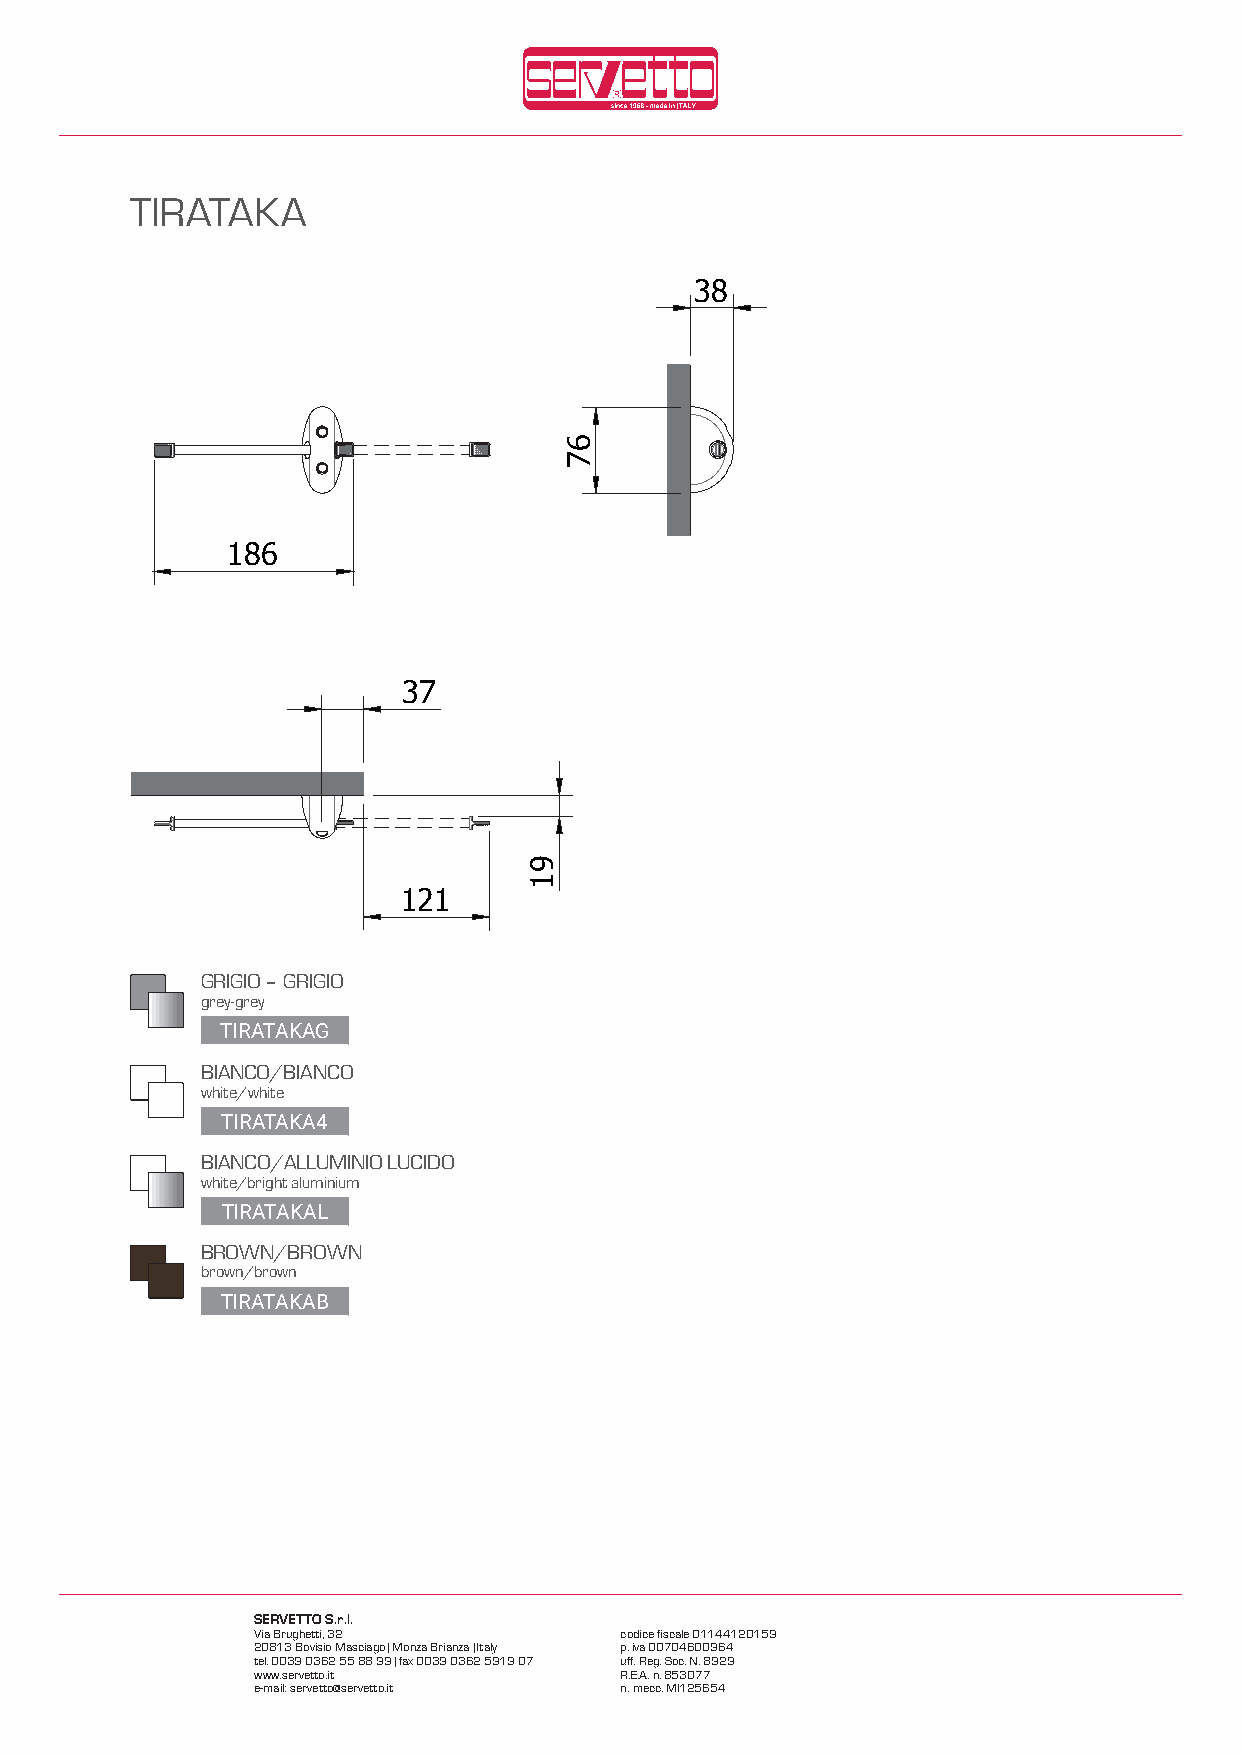
TIRATAKA
 38
 186
 37
 121
 GRIGIO – GRIGIO
 grey-grey
 TIRATAKAG
 BIANCO/BIANCO
 white/white
 TIRATAKA4
 BIANCO/ALLUMINIO LUCIDO
 white/bright aluminium
 TIRATAKAL
 BROWN/BROWN
 brown/brown
 TIRATAKAB
 SERVETTO S.r.l.
 Via Brughetti, 32       codice fiscale 01144120159
 20813 Bovisio Masciago | Monza Brianza | Italy p. iva 00704600964
 tel. 0039 0362 55 88 99 | fax 0039 0362 5919 07 uff. Reg. Soc. N. 8929
 www.servetto.it         R.E.A. n. 853077
 e-mail: servetto@servetto.it n. mecc. MI125654
 91
 67